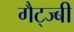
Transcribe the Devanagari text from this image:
गैट्ज्बी